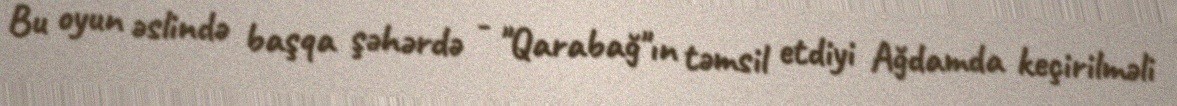
Bu oyun əslində başqa şəhərdə - "Qarabağ"ın təmsil etdiyi Ağdamda keçirilməli